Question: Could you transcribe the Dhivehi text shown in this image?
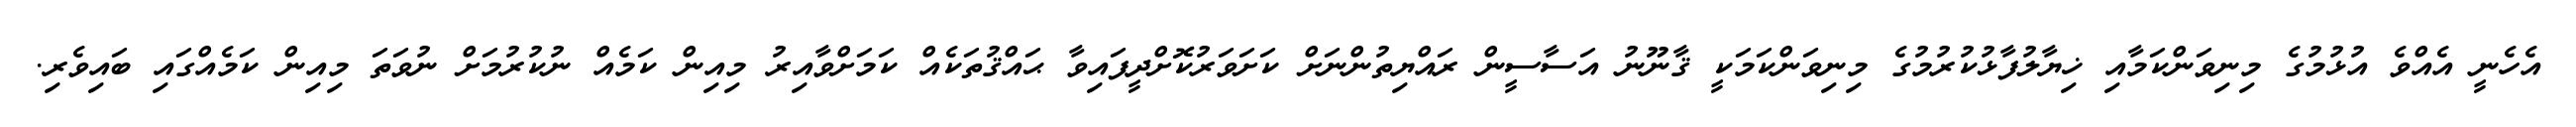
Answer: އެހެނީ އެއްވެ އުޅުމުގެ މިނިވަންކަމާއި ޚިޔާލުފާޅުކުރުމުގެ މިނިވަންކަމަކީ ޤާނޫނު އަސާސީން ރައްޔިތުންނަށް ކަށަވަރުކޮށްދީފައިވާ ޙައްޤުތަކެއް ކަމަށްވާއިރު މިއިން ކަމެއް ނުކުރުމަށް ނުވަތަ މިއިން ކަމެއްގައި ބައިވެރި.